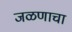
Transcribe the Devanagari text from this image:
जळणाचा